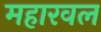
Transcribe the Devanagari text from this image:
महारवल